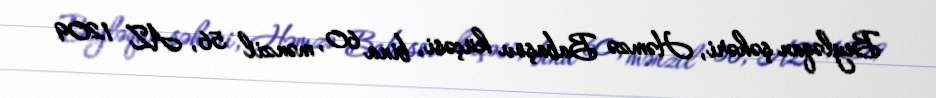
Beyləqan şəhəri, Həmzə Babaşov küçəsi, bina 60, mənzil 56, AZ 1209